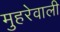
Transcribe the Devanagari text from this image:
मुहरेवाली